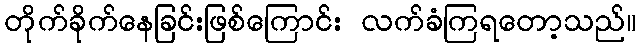
တိုက်ခိုက်နေခြင်းဖြစ်ကြောင်း လက်ခံကြရတော့သည်။